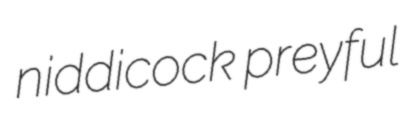
niddicock preyful